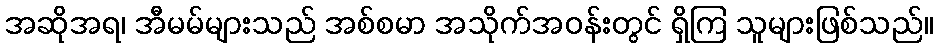
အဆိုအရ၊ အီမမ်များသည် အစ်စမာ အသိုက်အဝန်းတွင် ရှိကြ သူများဖြစ်သည်။